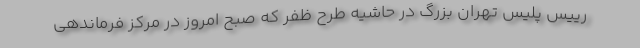
رییس پلیس تهران بزرگ در حاشیه طرح ظفر که صبح امروز در مرکز فرماندهی